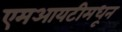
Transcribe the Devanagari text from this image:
एमआयटीमधून